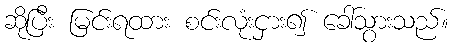
ဆိုပြီး မြင်းရထား စင်းလုံးငှား၍ ခေါ်သွားသည်။